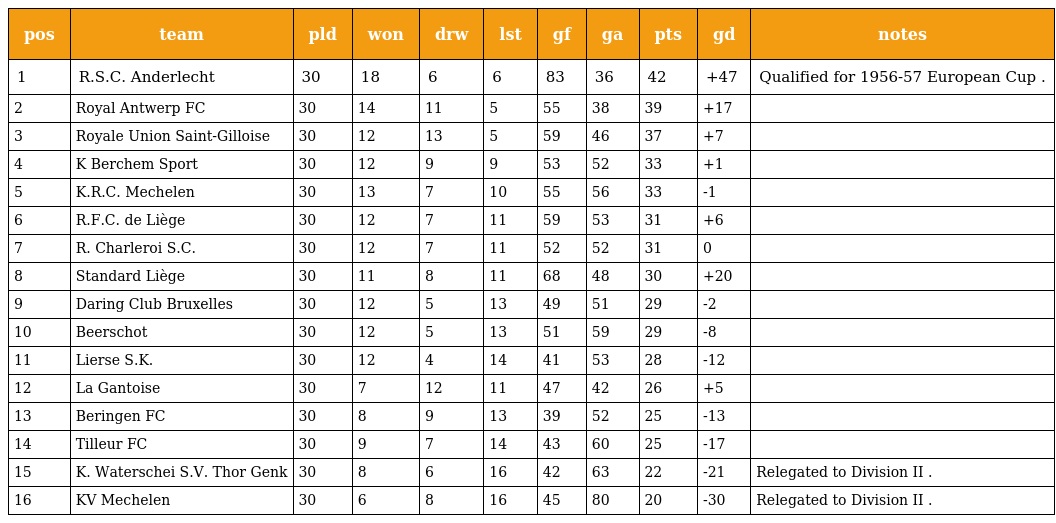
| pos | team | pld | won | drw | lst | gf | ga | pts | gd | notes |
 | --- | --- | --- | --- | --- | --- | --- | --- | --- | --- | --- |
 | 1 | R.S.C. Anderlecht | 30 | 18 | 6 | 6 | 83 | 36 | 42 | +47 | Qualified for 1956-57 European Cup . |
 | 2 | Royal Antwerp FC | 30 | 14 | 11 | 5 | 55 | 38 | 39 | +17 |  |
 | 3 | Royale Union Saint-Gilloise | 30 | 12 | 13 | 5 | 59 | 46 | 37 | +7 |  |
 | 4 | K Berchem Sport | 30 | 12 | 9 | 9 | 53 | 52 | 33 | +1 |  |
 | 5 | K.R.C. Mechelen | 30 | 13 | 7 | 10 | 55 | 56 | 33 | -1 |  |
 | 6 | R.F.C. de Liège | 30 | 12 | 7 | 11 | 59 | 53 | 31 | +6 |  |
 | 7 | R. Charleroi S.C. | 30 | 12 | 7 | 11 | 52 | 52 | 31 | 0 |  |
 | 8 | Standard Liège | 30 | 11 | 8 | 11 | 68 | 48 | 30 | +20 |  |
 | 9 | Daring Club Bruxelles | 30 | 12 | 5 | 13 | 49 | 51 | 29 | -2 |  |
 | 10 | Beerschot | 30 | 12 | 5 | 13 | 51 | 59 | 29 | -8 |  |
 | 11 | Lierse S.K. | 30 | 12 | 4 | 14 | 41 | 53 | 28 | -12 |  |
 | 12 | La Gantoise | 30 | 7 | 12 | 11 | 47 | 42 | 26 | +5 |  |
 | 13 | Beringen FC | 30 | 8 | 9 | 13 | 39 | 52 | 25 | -13 |  |
 | 14 | Tilleur FC | 30 | 9 | 7 | 14 | 43 | 60 | 25 | -17 |  |
 | 15 | K. Waterschei S.V. Thor Genk | 30 | 8 | 6 | 16 | 42 | 63 | 22 | -21 | Relegated to Division II . |
 | 16 | KV Mechelen | 30 | 6 | 8 | 16 | 45 | 80 | 20 | -30 | Relegated to Division II . |